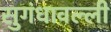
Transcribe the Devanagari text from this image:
सुगंधावल्ली